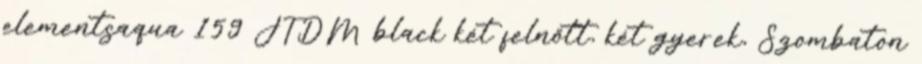
elementsaqua 159 JTDM black két felnőtt, két gyerek, Szombaton